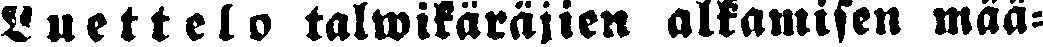
Luettelo talwikäräjien alkamisen mää-